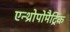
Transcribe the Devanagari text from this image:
एन्थ्रोपोमैट्रिक